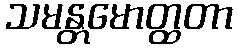
သမန္တမောတ္ထတာ